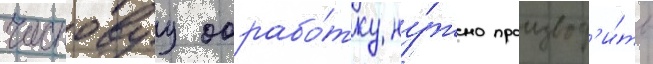
Чистовуу обрабо́тку ну́жно производ'и́ть